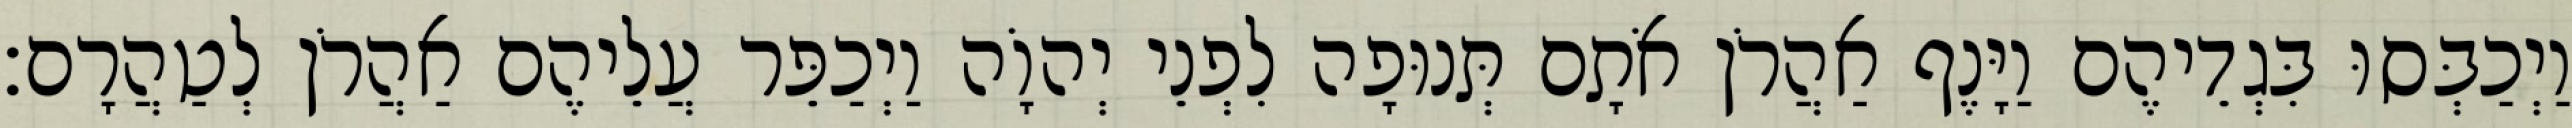
וַיְכַבְּסוּ בִּגְדֵיהֶם וַיָּנֶף אַהֲרֹן אֹתָם תְּנוּפָה לִפְנֵי יְהוָֹה וַיְכַפֵּר עֲלֵיהֶם אַהֲרֹן לְטַהֲרָם׃